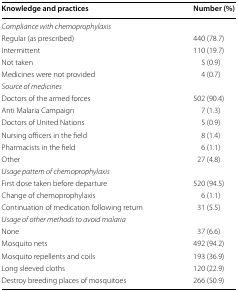
| Knowledge and practices | Number (%) |
 | --- | --- |
 | <COLSPAN=2> Compliance with chemoprophylaxis |
 | Regular (as prescribed) | 440 (78.7) |
 | Intermittent | 110 (19.7) |
 | Not taken | 5 (0.9) |
 | Medicines were not provided | 4 (0.7) |
 | <COLSPAN=2> Source of medicines |
 | Doctors of the armed forces | 502 (90.4) |
 | Anti Malaria Campaign | 7 (1.3) |
 | Doctors of United Nations | 5 (0.9) |
 | Nursing officers in the field | 8 (1.4) |
 | Pharmacists in the field | 6 (1.1) |
 | Other | 27 (4.8) |
 | <COLSPAN=2> Usage pattern of chemoprophylaxis |
 | First dose taken before departure | 520 (94.5) |
 | Change of chemoprophylaxis | 6 (1.1) |
 | Continuation of medication following return | 31 (5.5) |
 | <COLSPAN=2> Usage of other methods to avoid malaria |
 | None | 37 (6.6) |
 | Mosquito nets | 492 (94.2) |
 | Mosquito repellents and coils | 193 (36.9) |
 | Long sleeved cloths | 120 (22.9) |
 | Destroy breeding places of mosquitoes | 266 (50.9) |